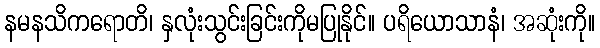
နမနသိကရောတိ၊ နှလုံးသွင်းခြင်းကိုမပြုနိုင်။ ပရိယောသာနံ၊ အဆုံးကို။